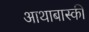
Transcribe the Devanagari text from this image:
आथाबास्की